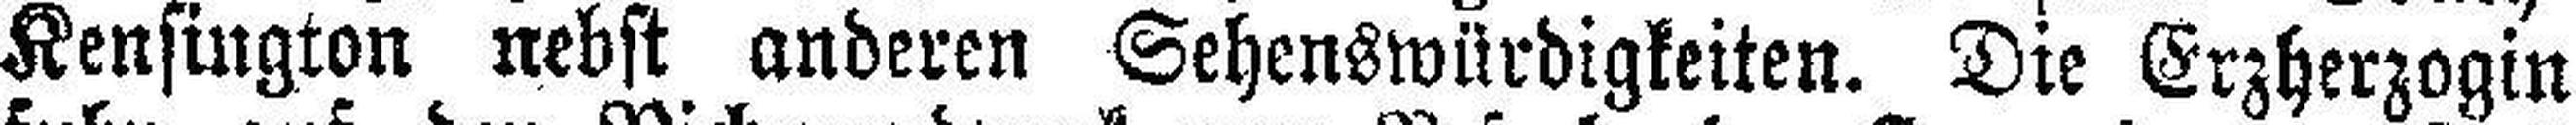
Kensington nebst anderen Sehenswürdigkeiten. Die Erzherzogin